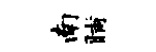
南晡